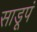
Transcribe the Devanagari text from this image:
साडूपं